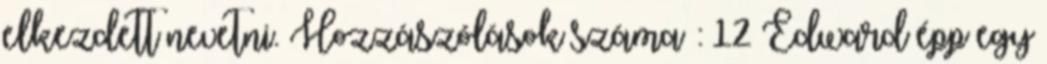
elkezdett nevetni. Hozzászólások száma : 12 Edward épp egy